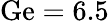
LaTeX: \mathrm{Ge}=6.5